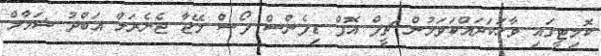
ކޮމިޓީގައި ވާހަކަދައްކަވަމުން ޗީފް އޮފް ޑިފެންސް ފޯސް މޭޖާ ޖެނެރަލް އަބްދު ޝަމާލް